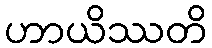
ဟာယိဿတိ